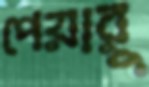
পেয়ারু